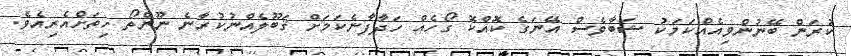
ކުރަން ބޭނުންވިއެއްކަމަކު ޝަބާވެސް އޭނަގެ ކޮއްކޮ ގޯހެއް ހަދާފާނެކަމަށް ޤަބޫލެއްނުކުރާނެ ނޫންތޯ ހިތަށްއެރިއެވެ.